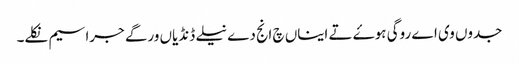
جدوں وی اے روگی ہوۓ تے ایناں چ انج دے نیلے ڈنڈیاں ورگے جراسیم نکلے۔